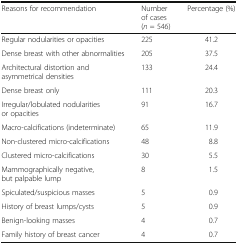
| Reasons for recommendation | Number of cases(n = 546) | Percentage (%) |
 | --- | --- | --- |
 | Regular nodularities or opacities | 225 | 41.2 |
 | Dense breast with other abnormalities | 205 | 37.5 |
 | Architectural distortion and asymmetrical densities | 133 | 24.4 |
 | Dense breast only | 111 | 20.3 |
 | Irregular/lobulated nodularities or opacities | 91 | 16.7 |
 | Macro-calcifications (indeterminate) | 65 | 11.9 |
 | Non-clustered micro-calcifications | 48 | 8.8 |
 | Clustered micro-calcifications | 30 | 5.5 |
 | Mammographically negative, but palpable lump | 8 | 1.5 |
 | Spiculated/suspicious masses | 5 | 0.9 |
 | History of breast lumps/cysts | 5 | 0.9 |
 | Benign-looking masses | 4 | 0.7 |
 | Family history of breast cancer | 4 | 0.7 |